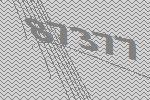
87377